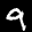
Label: 9